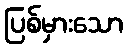
ပြစ်မှားသော